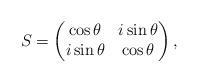
LaTeX: \begin{align*} S=\begin{pmatrix}\cos\theta& i \sin\theta \\i \sin\theta &\cos\theta \\\end{pmatrix},\end{align*}